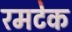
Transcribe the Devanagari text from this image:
रमटेक